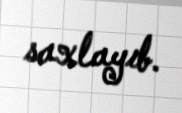
saxlayıb.